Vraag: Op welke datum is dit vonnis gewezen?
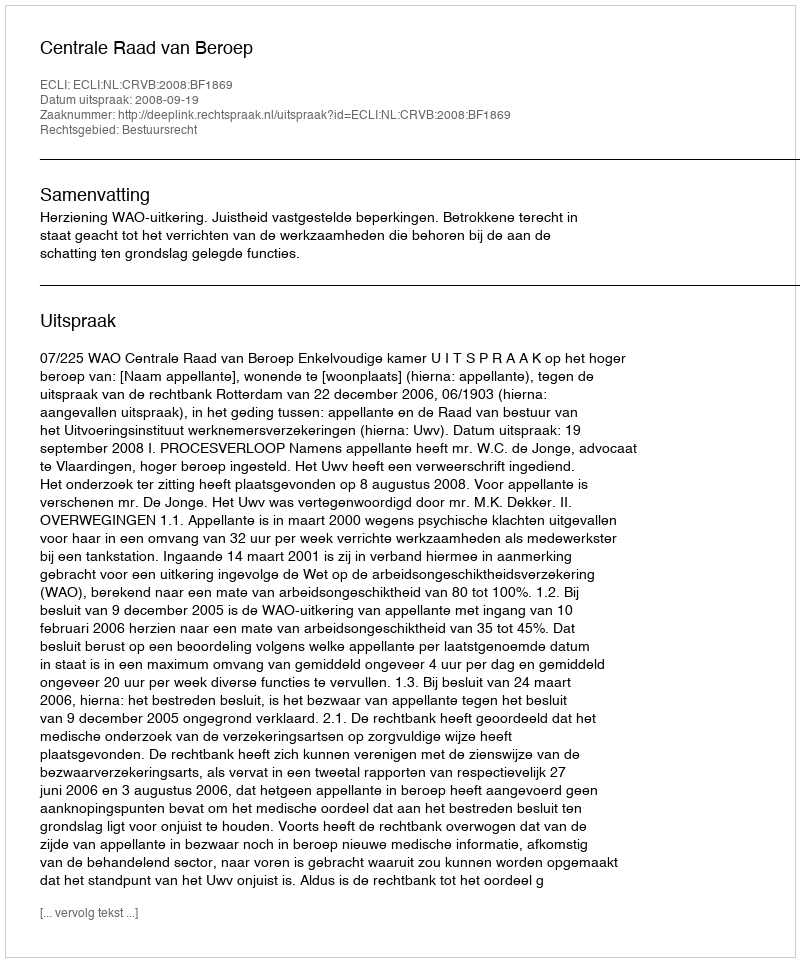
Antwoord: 2008-09-19